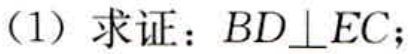
(1) 求证：$BD\perp EC$；